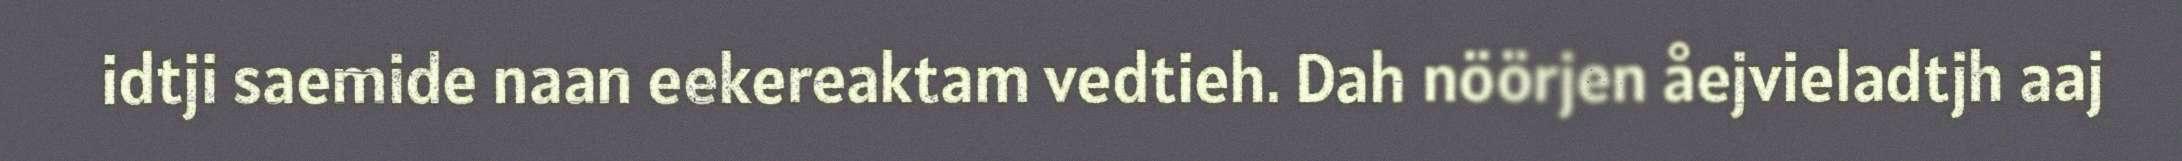
idtji saemide naan eekereaktam vedtieh. Dah nöörjen åejvieladtjh aaj